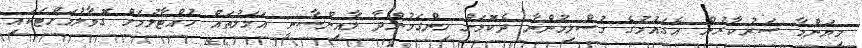
މިޔަންމާ ސަރުކާރުން އެގައުމުގެ މުސްލިމުންނާ ދެކޮޅަށް ހިންގަމުންދާ ލާއިންސާނީ އަމަލުތައް ހުއްޓާލުމަށް ގޮވާލުމަށްޓަކައި